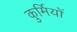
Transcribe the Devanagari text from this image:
कुर्मियों